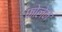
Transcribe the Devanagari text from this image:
फोलेन